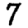
Digit: 7